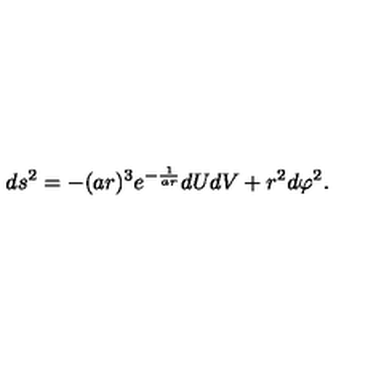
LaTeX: d s ^ { 2 } = - ( a r ) ^ { 3 } e ^ { - \frac { 1 } { a r } } d U d V + r ^ { 2 } d \varphi ^ { 2 } .